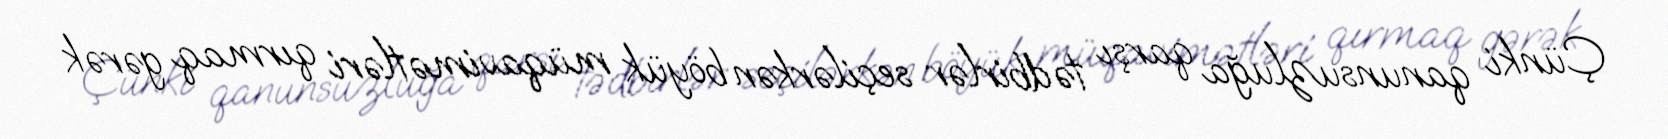
Çünki qanunsuzluğa qarşı tədbirlər seçilərkən böyük müqavimətləri qırmaq gərək